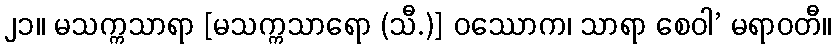
၂၁။ မသက္ကသာရာ [မသက္ကသာရော (သီ.)] ဝဿောက၊ သာရာ စေဝါ’ မရာဝတီ။